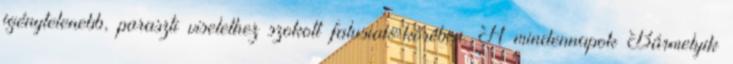
igénytelenebb, paraszti viselethez szokott falusiak körében. A mindennapok Bármelyik